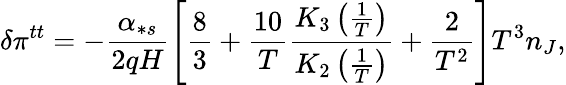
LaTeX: \delta\pi^{tt}=-\frac{\alpha_{\ast s}}{2qH}\left[\frac{8}{3}+\frac{10}{T}\frac{K_{3}\left(\frac{1}{T}\right)}{K_{2}\left(\frac{1}{T}\right)}+\frac{2}{T^{2}}\right]T^{3}n_{J},